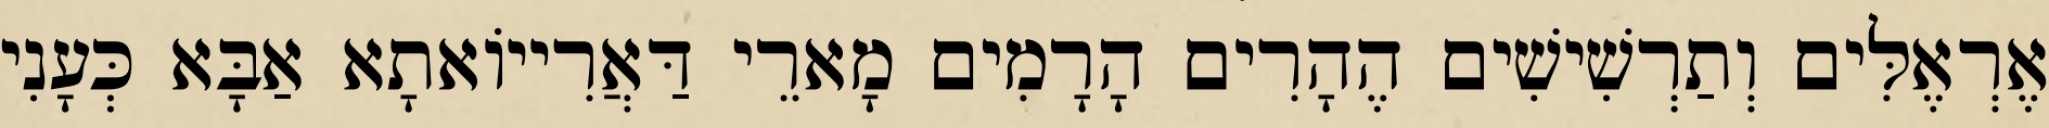
אֶרְאֶלִּים וְתַרְשִׁישִׁים הֶהָרִים הָרָמִים מָארֵי דַּאֲרִייוֹאתָא אַבָּא כְּעָנִי